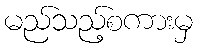
မည်သည့်စကားမှ